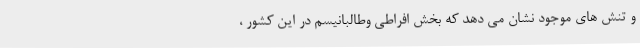
و تنش های موجود نشان می دهد که بخش افراطی وطالبانیسم در این کشور ،